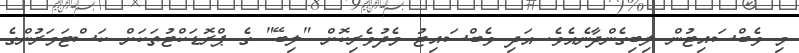
މި ވެބްސައިޓުން ލިބިގެންދާނެއެވެ. އަދި ވެބްސައިޓު މެދުވެރިކޮށް "ލިބޭ" ގެ ޕްރޮޑަކްޓުތަކަށް ކަސްޓަމަރުންގެ